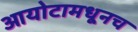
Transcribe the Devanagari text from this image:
आयोटामधूनच